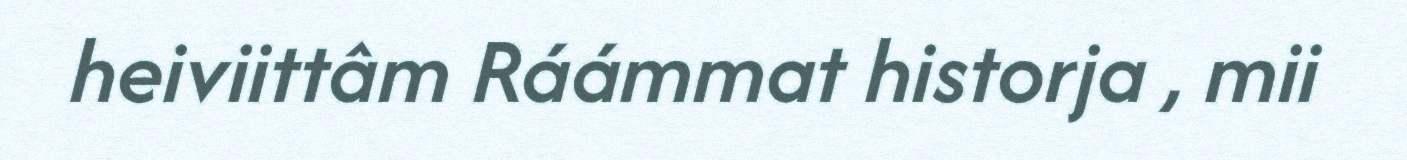
heiviittâm Ráámmat historja , mii